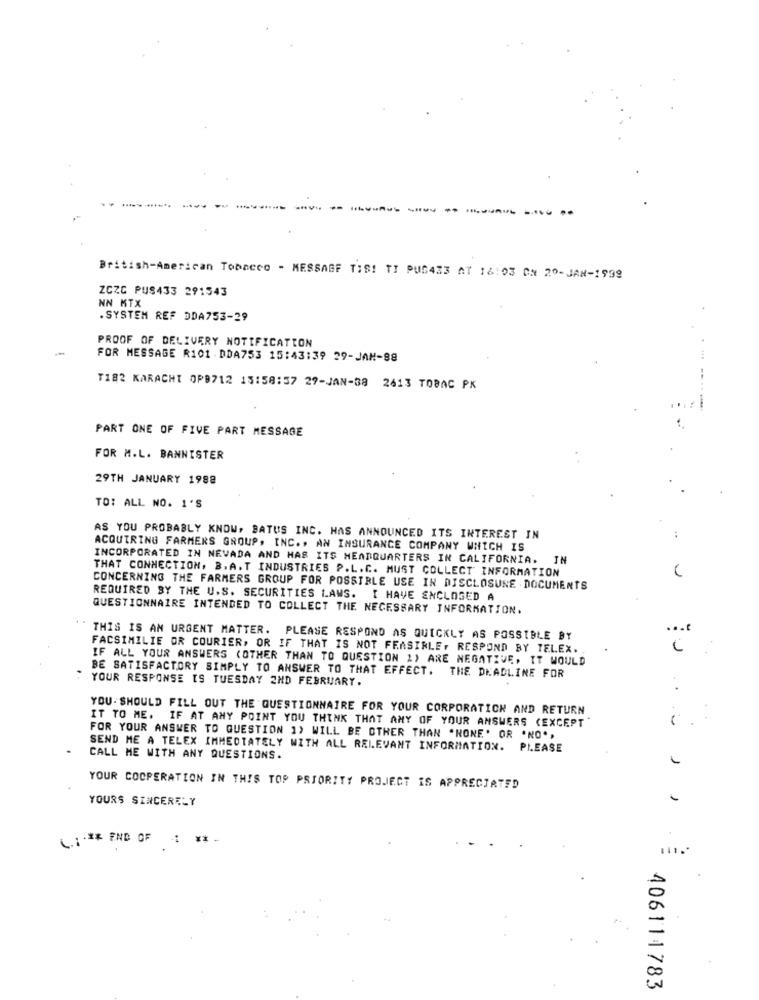
British-American Tobacco - MESSAGE TIS! TI PUS433 AT 16:03 ON 20-JAN-1999
ZCZC PUS433 291543
NN KTX
. SYSTEM REF DDA753-29
PROOF OF DELIVERY NOTIFICATION
FOR MESSAGE R101 DDA753 15:43:39 29-JAM-88
T182 KARACHT OPB712 15:58:57 29-JAN-38 2613 TOBAC PK
PART ONE OF FIVE PART MESSAGE
FOR M.L. BANNISTER
29TH JANUARY 1988
TO: ALL NO. 1'S
AS YOU PROBABLY KNOW, BATUS INC. HAS ANNOUNCED ITS INTEREST IN
ACQUIRING FARMERS GROUP, INC ., AN INSURANCE COMPANY WHICH IS
INCORPORATED IN NEVADA AND HAS ITS HEADQUARTERS IN CALIFORNIA. IN
THAT CONNECTION, B. A. T INDUSTRIES P.L. C. MUST COLLECT INFORMATION
CONCERNING THE FARMERS GROUP FOR POSSIBLE USE IN DISCLOSURE DOCUMENTS
REQUIRED BY THE U.S. SECURITIES LAWS. I HAVE ENCLOSED A
QUESTIONNAIRE INTENDED TO COLLECT THE NECESSARY INFORMATION.
..
THIS IS AN URGENT MATTER. PLEASE RESPOND AS QUICKLY AS POSSIBLE BY
FACSIMILIE OR COURIER, OR IF THAT IS NOT FEASIBLE, RESPOND BY TELEX.
IF ALL YOUR ANSWERS (OTHER THAN TO QUESTION 1) ARE NEGATIVE, IT WOULD
" YOUR RESPONSE IS TUESDAY 2ND FEBRUARY.
BE SATISFACTORY SIMPLY TO ANSWER TO THAT EFFECT. THE DEADLINE FOR
YOU- SHOULD FILL OUT THE QUESTIONNAIRE FOR YOUR CORPORATION AND RETURN
IT TO ME. IF AT ANY POINT YOU THINK THAT ANY OF YOUR ANSWERS (EXCEPT"
" .
FOR YOUR ANSWER TO QUESTION 1) WILL BE OTHER THAN "NONE' OR 'NO',
SEND ME A TELEX IMMEDIATELY WITH ALL RELEVANT INFORMATION. PLEASE
CALL ME WITH ANY QUESTIONS.
YOUR COOPERATION IN THIS TOP PRIORITY PROJECT IS APPRECIATED
YOURS SINCERELY
L.I .** END OF : ** -
406111783